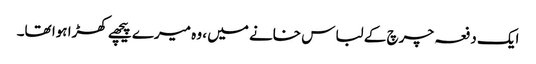
ایک دفعہ چرچ کے لباس خانے میں ، وہ میرے پیچھے کھڑا ہوا تھا۔